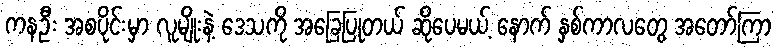
ကနဦး အစပိုင်းမှာ လူမျိုးနဲ့ ဒေသကို အခြေပြုတယ် ဆိုပေမယ့် နောက် နှစ်ကာလတွေ အတော်ကြာ